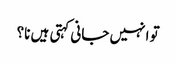
تو انہیں جانی کہتی ہیں نا؟